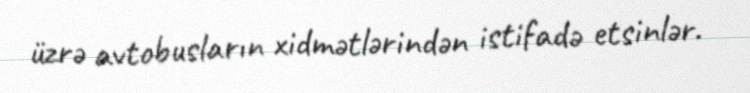
üzrə avtobusların xidmətlərindən istifadə etsinlər.